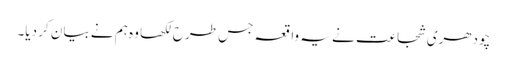
چودھری شجاعت نے یہ واقعہ جس طرح لکھا وہ ہم نے بیان کر دیا۔